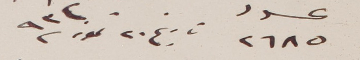
عدد ٢٦٨٥ تاريخ ٢٠ تموز ٩٣٢